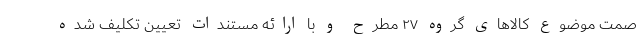
صمت موضوع کالاهای گروه ۲۷ مطرح و با ارائه مستندات تعیین تکلیف شده